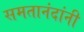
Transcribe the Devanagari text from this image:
समतानंदांनी